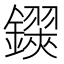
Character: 𨮅